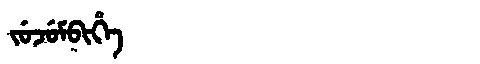
Manchu: ᠵᡠᠵᡠᠮᠪᡳᡥᡝ
Romanization: JUJUMBIHE